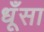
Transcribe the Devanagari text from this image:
धूँसा